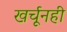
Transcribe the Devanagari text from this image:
खर्चूनही